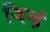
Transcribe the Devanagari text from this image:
जिन्हं